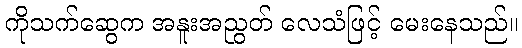
ကိုသက်ဆွေက အနူးအညွတ် လေသံဖြင့် မေးနေသည်။